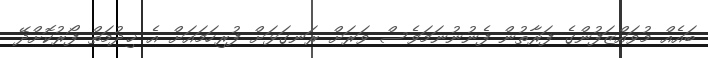
ބައެއް މުވައްޒަފުންގެ ފަރާތުން ފެނުނުނަމަވެސް ވަރަށް ރަނގަޅަށް ފުރިހަމައަށް އެ ޚިދުމަތް ފޯރުކޮށްދޭ